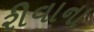
રીવાના